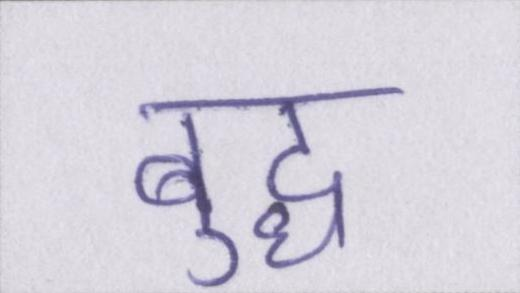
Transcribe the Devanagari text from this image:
बुद्ध